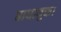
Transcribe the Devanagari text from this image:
बाधायुक्त।